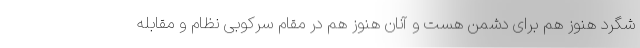
شگرد هنوز هم برای دشمن هست و آنان هنوز هم در مقام سرکوبی نظام و مقابله